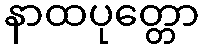
နာထပုတ္တော